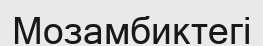
Мозамбиктегі